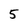
Character: 5